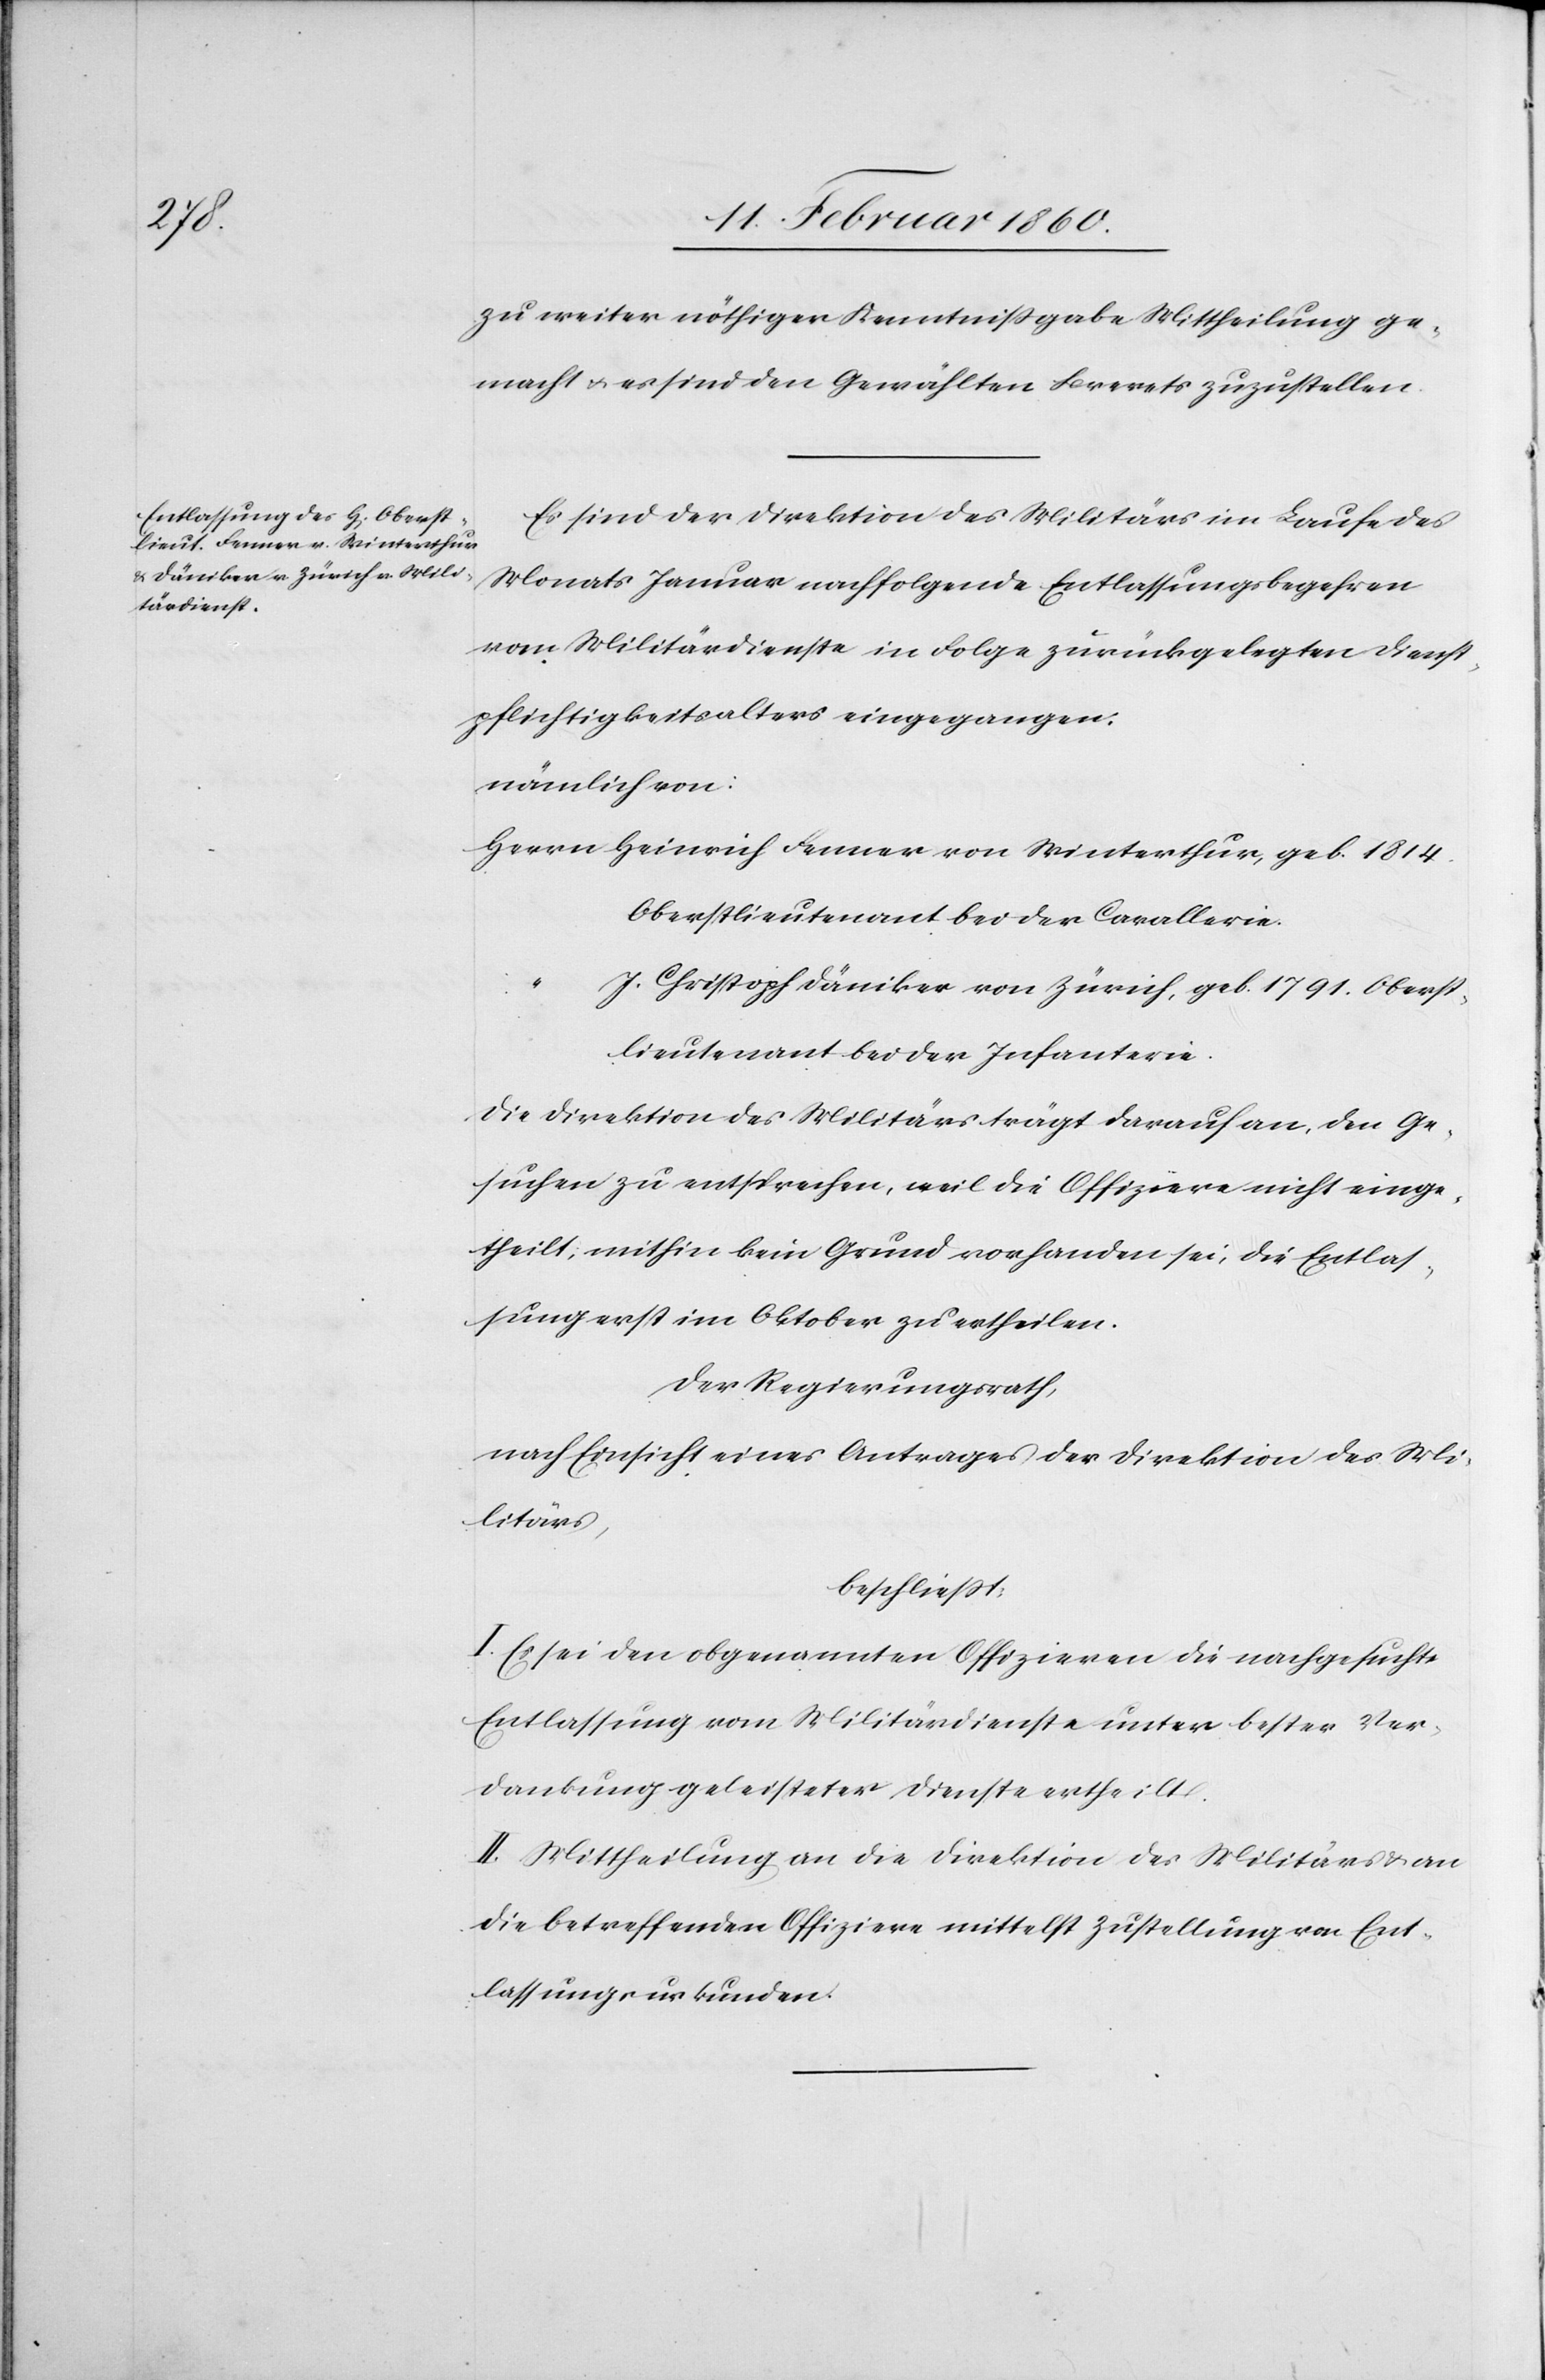
zu weiter nöthiger Kenntnissgabe Mittheilung ge¬
macht u. es sind den Gewählten Brevets zuzustellen.
Es sind der Direktion des Militärs im Laufe des
Monats Januar nachfolgende Entlassungsbegehren
vom Militärdienste in Folge zurückgelegten Dienst¬
pflichtigkeitsalters eingegangen.
nämlich von:
Herrn Heinrich Fenner von Winterthur, geb. 1814
Oberstlieutenant bei der Cavallerie.
“ J. Christoph Däniker von Zürich, geb. 1791. Oberst¬
lieutenant bei der Infanterie.
Die Direktion des Militärs trägt darauf an, den Ge¬
suchen zu entsprechen, weil die Offiziere nicht einge¬
theilt, mithin kein Grund vorhanden sei, die Entlas¬
sung erst im Oktober zu ertheilen.
Der Regierungsrath,
nach Einsicht eines Antrages der Direktion des Mi¬
litärs,
beschliesst.
I. Es sei den obgenannten Offizieren die nachgesuchte
Entlassung vom Militärdienste unter bester Ver¬
dankung geleisteter Dienste ertheilt.
II. Mittheilung an die Direktion des Militärs u. an
die betreffenden Offiziere mittelst Zustellung von Ent¬
lassungsurkunden.